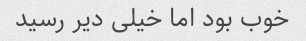
خوب بود اما خیلی دیر رسید